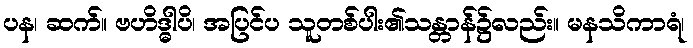
ပန၊ ဆက်။ ဗဟိဒ္ဓါပိ၊ အပြင်ပ သူတစ်ပါး၏သန္တာန်၌လည်း။ မနသိကာရံ၊